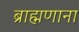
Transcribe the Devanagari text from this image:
ब्राह्मणाना